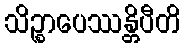
သိဉ္စာပေဿန္တိပီတိ